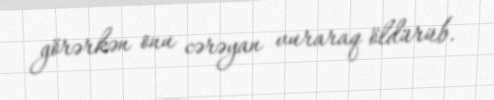
görərkən onu cərəyan vuraraq öldürüb.